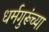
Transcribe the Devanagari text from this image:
धर्मगुरूंच्या